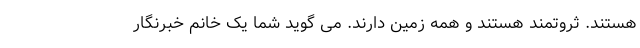
هستند. ثروتمند هستند و همه زمین دارند. می گوید شما یک خانم خبرنگار